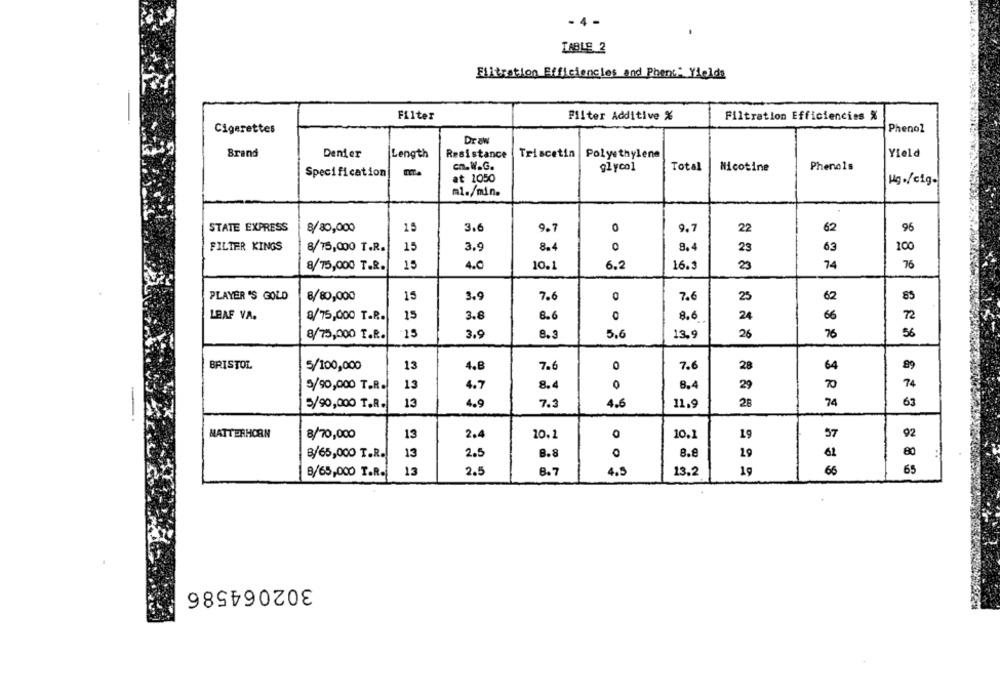
- 4 -
TABLE 2
Filtration Efficiencies and Phone: Yields
Filter
Filter Additive %
Filtration Efficiencies %
Cigarettes
Phenol
Draw
Brand
Denier
Length
Resistance
Triscetin
Polyethylene
Yield
cn. W.G.
glycol
Total
Phenols
Specification
Nicotine
at 1050
Hg./cig-
ml./min.
STATE EXPRESS
8/30,000
15
3.6
9.7
0
9.7
22
62
96
FILTER KINGS
8/15,000 T.R.
15
3.9
8.4
9.4
23
63
100
4.0
10.1
8/75,000 T.R.
15
6.2
16.3
23
74
76
PLAYER 'S GOLD
8/80,000
15
3.9
7.6
7.6
25
62
85
8.6
LEAF VA.
8/75,000 T.R.
15
3.8
8.6
24
66
15
3.9
8.3
5.6
13.9
26
76
56
8/75,000 T.R.
BRISTOL
5/100,000
13
4.8
7.6
0
7.6
28
64
89
8.4
74
5/90,000 T.R.
13
4.7
0
8.4
29
70
13
4.9
7.3
4.6
11.9
28
74
63
5/90,000 T.R.
MATTERHORN
8/70,000
13
2.4
10.1
O
10.1
19
57
92
13
8.8
80
B/65,000 T.R.
2.5
8.8
19
61
B/65,000 T.R.
13
2.
8.7
4.5
13.2
19
66
65
302064586